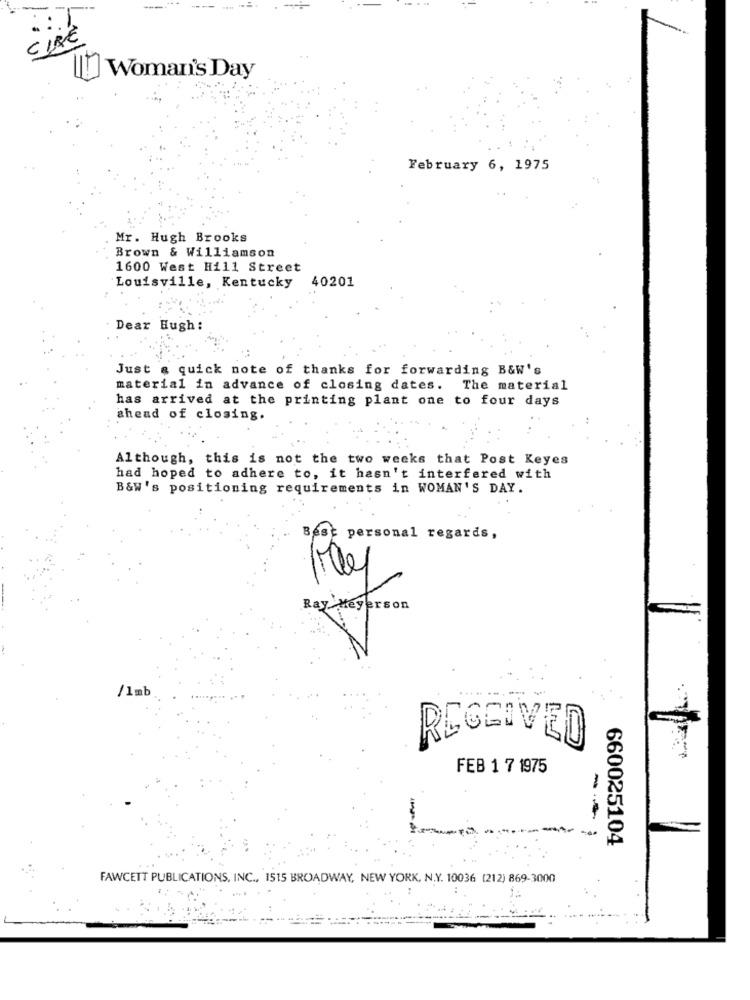
CIRE
Woman's Day
February 6, 1975
Mr. Hugh Brooks
Brown & Williamson
1600 West Hill Street
Louisville, Kentucky 40201
Dear Hugh :
Just a quick note of thanks for forwarding B&W's
material in advance of closing dates. The material
has arrived at the printing plant one to four days
ahead of closing.
Although, this is not the two weeks that Post Keyes
had hoped to adhere to, it hasn't interfered with
B&W's positioning requirements in WOMAN'S DAY.
Best personal regards,
Ray Heyerson
/1mb
02
RECEIVED
FEB 1 7 1975
-
---
660025104
FAWCETT PUBLICATIONS, INC ., 1515 BROADWAY, NEW YORK, N.Y. 10036 (212) 869-3000